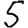
Digit: 5